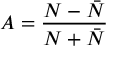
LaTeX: A = \frac { N - \bar { N } } { N + \bar { N } }